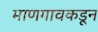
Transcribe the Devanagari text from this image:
माणगावकडून